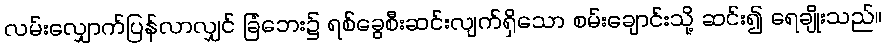
လမ်းလျှောက်ပြန်လာလျှင် ခြံဘေး၌ ရစ်ခွေစီးဆင်းလျက်ရှိသော စမ်းချောင်းသို့ ဆင်း၍ ရေချိုးသည်။